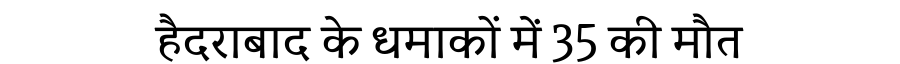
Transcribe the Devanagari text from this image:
हैदराबाद के धमाकों में 35 की मौत